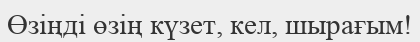
Өзіңді өзің күзет, кел, шырағым!